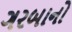
ગરબાનો